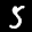
Label: 5